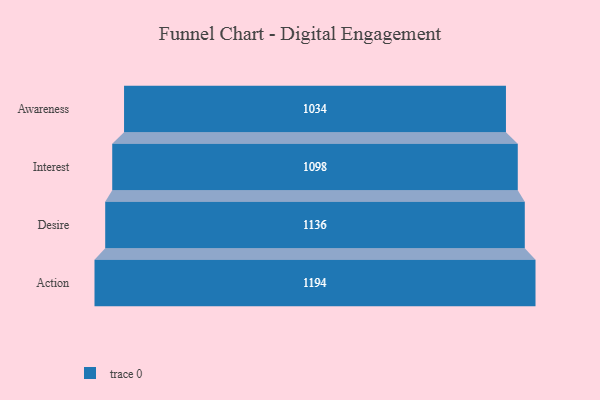
{"axis": {"x": "Stage", "y": "Value"}, "legend": [""], "data": [{"x": "Awareness", "y": 1034.0, "type": ""}, {"x": "Interest", "y": 1098.0, "type": ""}, {"x": "Desire", "y": 1136.0, "type": ""}, {"x": "Action", "y": 1194.0, "type": ""}]}